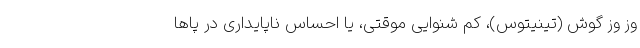
وز وز گوش (تینیتوس)، کم شنوایی موقتی، یا احساس ناپایداری در پاها